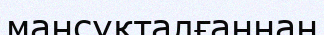
мансұқталғаннан